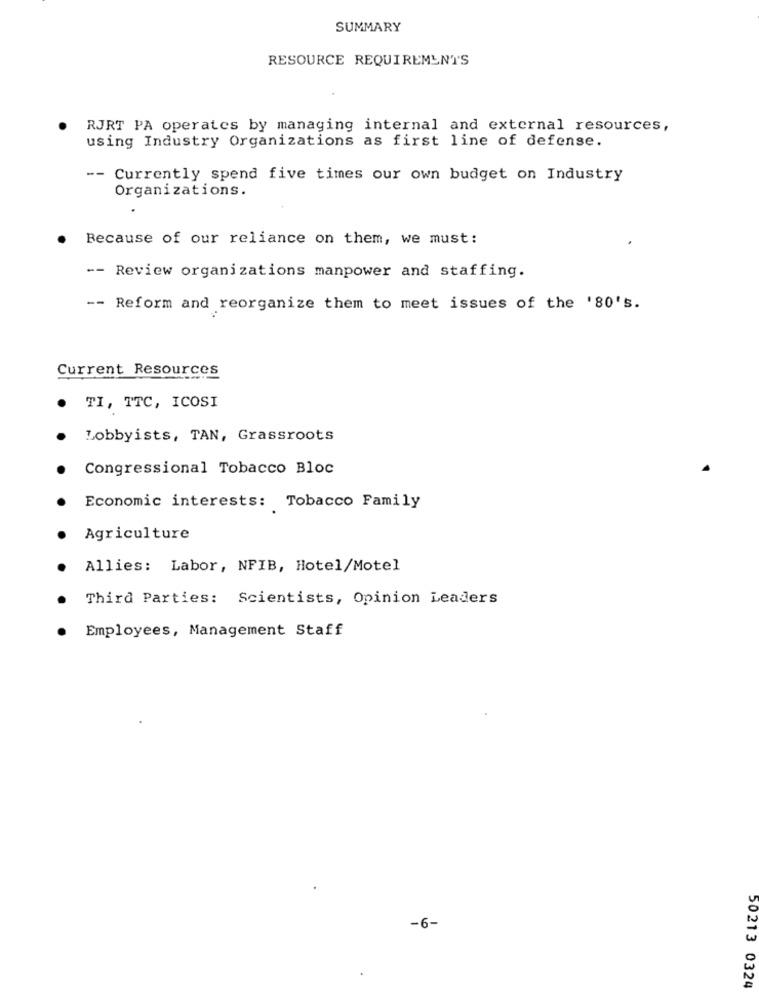
SUMMARY
RESOURCE REQUIREMENTS
RJRT PA operates by managing internal and external resources,
using Industry Organizations as first line of defense.
-- Currently spend five times our own budget on Industry
Organizations.
Because of our reliance on them, we must:
-- Review organizations manpower and staffing.
-- Reform and reorganize them to meet issues of the '80's.
Current Resources
TI, TTC, ICOSI
Lobbyists, TAN, Grassroots
Congressional Tobacco Bloc
Economic interests: Tobacco Family
Agriculture
Allies: Labor, NFIB, Hotel/Motel
Third Parties: Scientists, Opinion Leaders
Employees, Management Staff
-6-
50213 0324